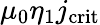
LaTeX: \mu_{0}\eta_{1}j_{\mathrm{crit}}